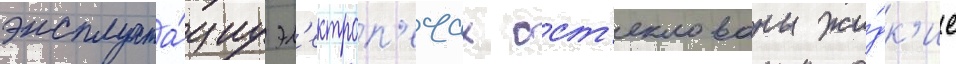
эксплуата́циу эл'ектроп'ечах ост'еклованы жи́дк'ие